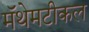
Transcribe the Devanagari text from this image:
मॅथेमटीकल